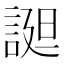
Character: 𧩙